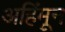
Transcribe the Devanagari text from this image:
अहिंमून